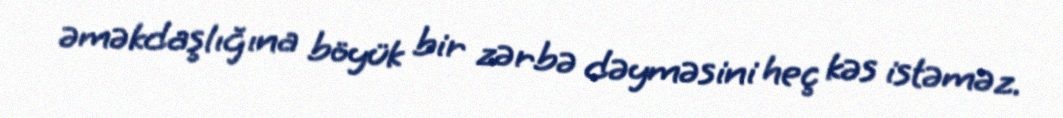
əməkdaşlığına böyük bir zərbə dəyməsini heç kəs istəməz.